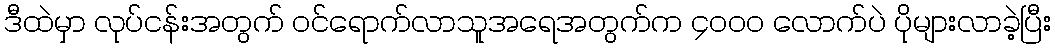
ဒီထဲမှာ လုပ်ငန်းအတွက် ဝင်ရောက်လာသူအရေအတွက်က ၄၀၀၀ လောက်ပဲ ပိုများလာခဲ့ပြီး